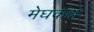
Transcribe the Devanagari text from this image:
मेघकक्ष